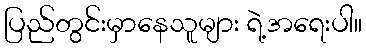
ပြည်တွင်းမှာနေသူများ ရဲ့အရေးပါ။